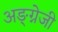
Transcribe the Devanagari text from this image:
अङ्ग्नेजी